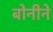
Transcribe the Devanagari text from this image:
बोनीने